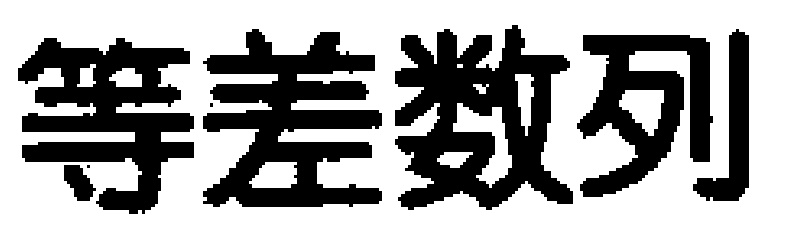
等差数列